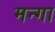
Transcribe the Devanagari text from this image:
मन्गा